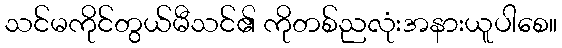
သင်မကိုင်တွယ်မီသင်၏ ကိုတစ်ညလုံးအနားယူပါစေ။